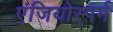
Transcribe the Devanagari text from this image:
एंजियोस्पर्म